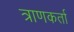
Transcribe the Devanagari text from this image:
त्राणकर्ता